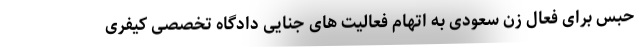
حبس برای فعال زن سعودی به اتهام فعالیت های جنایی دادگاه تخصصی کیفری